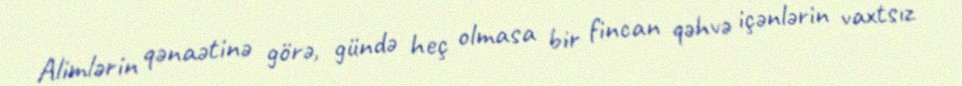
Alimlərin qənaətinə görə, gündə heç olmasa bir fincan qəhvə içənlərin vaxtsız